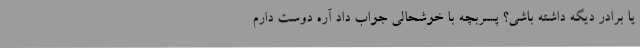
یا برادر دیگه داشته باشی؟ پسربچه با خوشحالی جواب داد آره دوست دارم